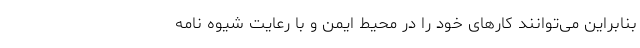
بنابراین می‌توانند کارهای خود را در محیط ایمن و با رعایت شیوه نامه